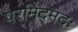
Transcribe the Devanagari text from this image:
परमिदमदः